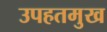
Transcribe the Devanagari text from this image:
उपहतमुख